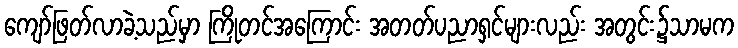
ကျော်ဖြတ်လာခဲ့သည်မှာ ကြိုတင်အကြောင်း အတတ်ပညာရှင်များလည်း အတွင်း၌သာမက